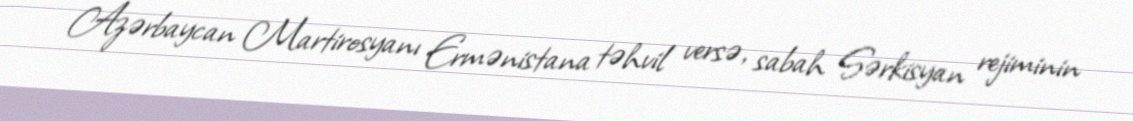
Azərbaycan Martirosyanı Ermənistana təhvil versə, sabah Sərkisyan rejiminin